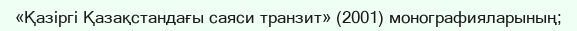
«Қазіргі Қазақстандағы саяси транзит» (2001) монографияларының;